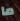
ما